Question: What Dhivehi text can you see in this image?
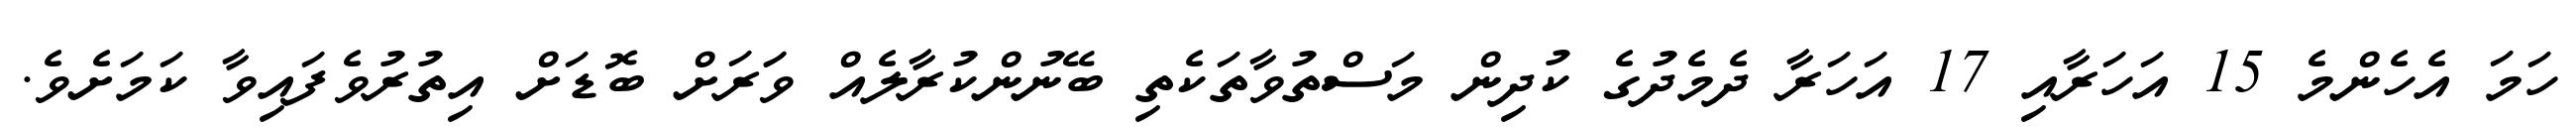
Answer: ހަމަ އެހެންމެ 15 އަހަރާއި 17 އަހަރާ ދެމެދުގެ ކުދިން މަސްތުވާތަކެތި ބޭނުންކުރާލެއް ވަަރަށް ބޮޑަށް އިތުރުވެފައިވާ ކަމަށެވެ.